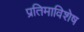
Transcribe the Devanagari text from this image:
प्रतिमाविशेष